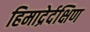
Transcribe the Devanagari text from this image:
हिमाद्रेर्दक्षिण